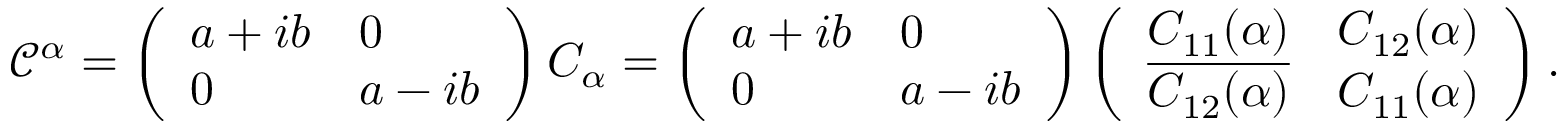
\begin{array} { r } { \mathcal { C } ^ { \alpha } = \left( \begin{array} { l l } { a + i b } & { 0 } \\ { 0 } & { a - i b } \end{array} \right) C _ { \alpha } = \left( \begin{array} { l l } { a + i b } & { 0 } \\ { 0 } & { a - i b } \end{array} \right) \left( \begin{array} { l l } { C _ { 1 1 } ( \alpha ) } & { C _ { 1 2 } ( \alpha ) } \\ { \overline { { C _ { 1 2 } ( \alpha ) } } } & { C _ { 1 1 } ( \alpha ) } \end{array} \right) . } \end{array}